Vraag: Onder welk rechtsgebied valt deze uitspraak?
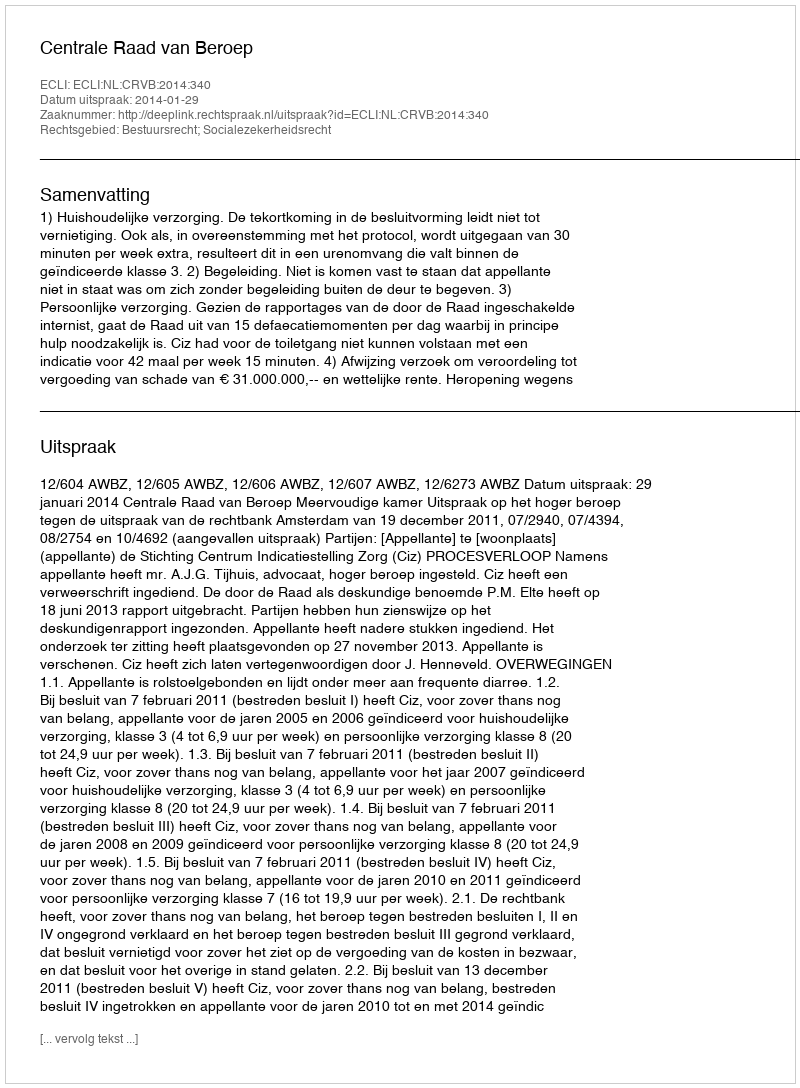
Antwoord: Bestuursrecht; Socialezekerheidsrecht